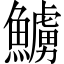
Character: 䲐